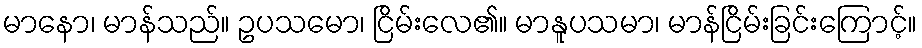
မာနော၊ မာန်သည်။ ဥပသမော၊ ငြိမ်းလေ၏။ မာနူပသမာ၊ မာန်ငြိမ်းခြင်းကြောင့်။